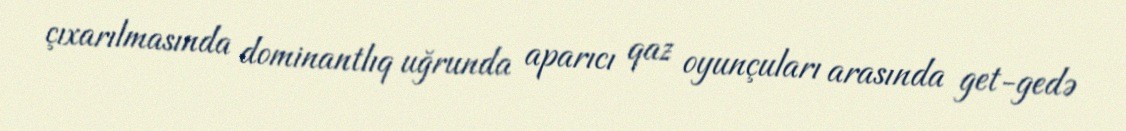
çıxarılmasında dominantlıq uğrunda aparıcı qaz oyunçuları arasında get-gedə